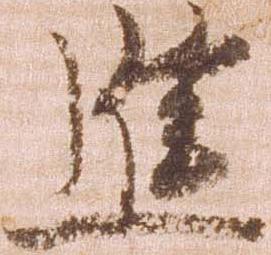
進